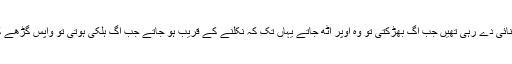
چیخنے چلانے کی آوازیں سنائی دے رہی تھیں جب آگ بھڑکتی تو وہ اوپر اٹھ جاتے یہاں تک کہ نکلنے کے قریب ہو جاتے جب آگ ہلکی ہوتی تو واپس گڑھے کی تہہ میں لوٹ جاتے تھے۔